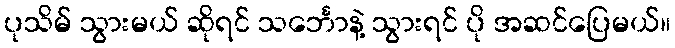
ပုသိမ် သွားမယ် ဆိုရင် သင်္ဘောနဲ့ သွားရင် ပို အဆင်ပြေမယ်။